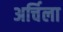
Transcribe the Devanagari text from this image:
अर्चिला